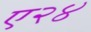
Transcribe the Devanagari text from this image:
ए२४